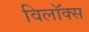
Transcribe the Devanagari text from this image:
विलॉक्स